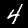
Digit: 4